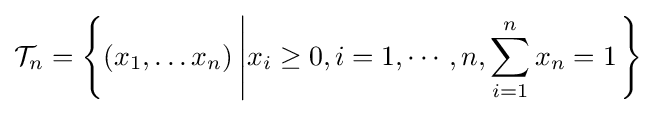
{\mathcal {T}}_{n}=\left\{\left(x_{1},\ldots x_{n}\right)\left|x_{i}\geq 0,i=1,\cdots ,n,\sum _{i=1}^{n}x_{n}=1\right.\right\}